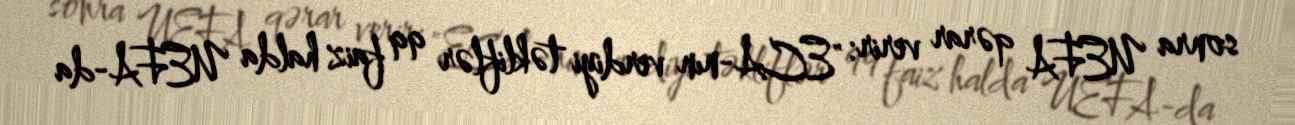
sonra UEFA qərar verir: "ECA-nın verdiyi təkliflər 99 faiz halda UEFA-da